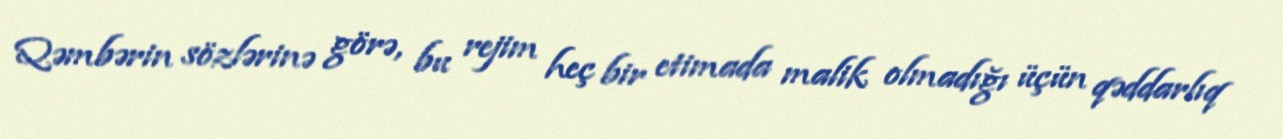
Qəmbərin sözlərinə görə, bu rejim heç bir etimada malik olmadığı üçün qəddarlıq